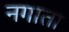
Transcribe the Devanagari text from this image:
नगाता